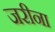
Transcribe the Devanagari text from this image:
जरीना